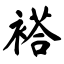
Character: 褡